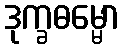
ဒုက္ခဓမ္မော